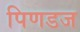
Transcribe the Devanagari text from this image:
पिणडज